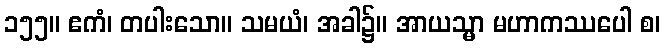
၁၅၅။ ဧကံ၊ တပါးသော။ သမယံ၊ အခါ၌။ အာယသ္မာ မဟာကဿပေါ စ၊